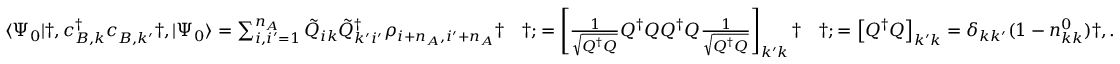
\begin{array} { r l r l } & { \langle \Psi _ { 0 } | \dag , c _ { B , k } ^ { \dagger } c _ { B , k ^ { \prime } } ^ { \phantom { \dagger } } \dag , | \Psi _ { 0 } \rangle = \sum _ { i , i ^ { \prime } = 1 } ^ { n _ { A } } \tilde { Q } _ { i k } \tilde { Q } _ { k ^ { \prime } i ^ { \prime } } ^ { \dagger } \rho _ { i + n _ { A } , i ^ { \prime } + n _ { A } } \dag } & { \dag ; = \left[ \frac { 1 } { \sqrt { Q ^ { \dagger } Q } } Q ^ { \dagger } Q Q ^ { \dagger } Q \frac { 1 } { \sqrt { Q ^ { \dagger } Q } } \right] _ { k ^ { \prime } k } \dag } & { \dag ; = \left[ Q ^ { \dagger } Q \right] _ { k ^ { \prime } k } = \delta _ { k k ^ { \prime } } ( 1 - n _ { k k } ^ { 0 } ) \dag , . } \end{array}